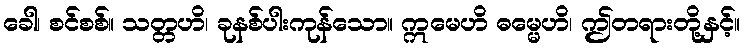
ခေါ၊ စင်စစ်။ သတ္တဟိ၊ ခုနစ်ပါးကုန်သော။ ဣမေဟိ ဓမ္မေဟိ၊ ဤတရားတို့နှင့်။